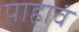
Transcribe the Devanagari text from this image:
पाहावं